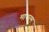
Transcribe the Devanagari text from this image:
माथरम